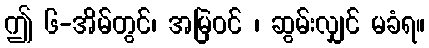
ဤ ၆-အိမ်တွင်၊ အမြဲဝင် ၊ ဆွမ်းလျှင် မခံရ။